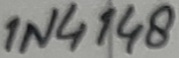
Text: 1N4148